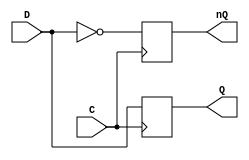
module DFlipFlop(input wire C, input wire D, output reg Q, output reg nQ);
	always@(posedge C)
	begin
		Q = D;
		nQ = ~D;
	end
endmodule